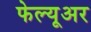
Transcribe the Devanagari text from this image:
फेल्यूअर